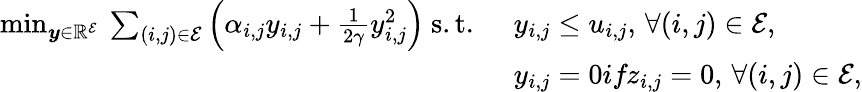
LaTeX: \begin{array}{rl}{\operatorname*{min}_{\boldsymbol{y}\in\mathbb{R}^{\mathcal{E}}}\: \sum_{{(i,j)}\in\mathcal{E}}\left(\alpha_{i,j}y_{i,j}+\frac{1}{2\gamma}{y}_{i,j}^{2}\right)\mathrm{~s.t.~}}&{y_{i,j}\leq u_{i,j},\, \forall(i,j)\in\mathcal{E},}\\ &{y_{i,j}=0\textit{if}z_{i,j}=0,\, \forall(i,j)\in\mathcal{E},}\end{array}